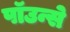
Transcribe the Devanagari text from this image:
पाॅउन्से